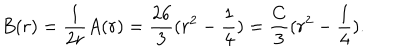
B ( r ) = \frac { 1 } { 2 r } A ( r ) = \frac { 2 6 } { 3 } ( r ^ { 2 } - \frac { 1 } { 4 } ) = \frac { C } { 3 } ( r ^ { 2 } - \frac { 1 } { 4 } ) .